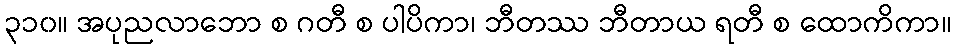
၃၁၀။ အပုညလာဘော စ ဂတီ စ ပါပိကာ၊ ဘီတဿ ဘီတာယ ရတီ စ ထောကိကာ။